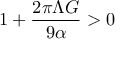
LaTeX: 1 + \frac { 2 \pi \Lambda G } { 9 \alpha } > 0